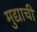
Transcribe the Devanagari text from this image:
मुद्याची